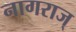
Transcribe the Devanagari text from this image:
नागराज्